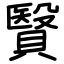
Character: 贀